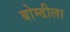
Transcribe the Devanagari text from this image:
बोम्डीला